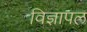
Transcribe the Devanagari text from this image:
विज्ञापल